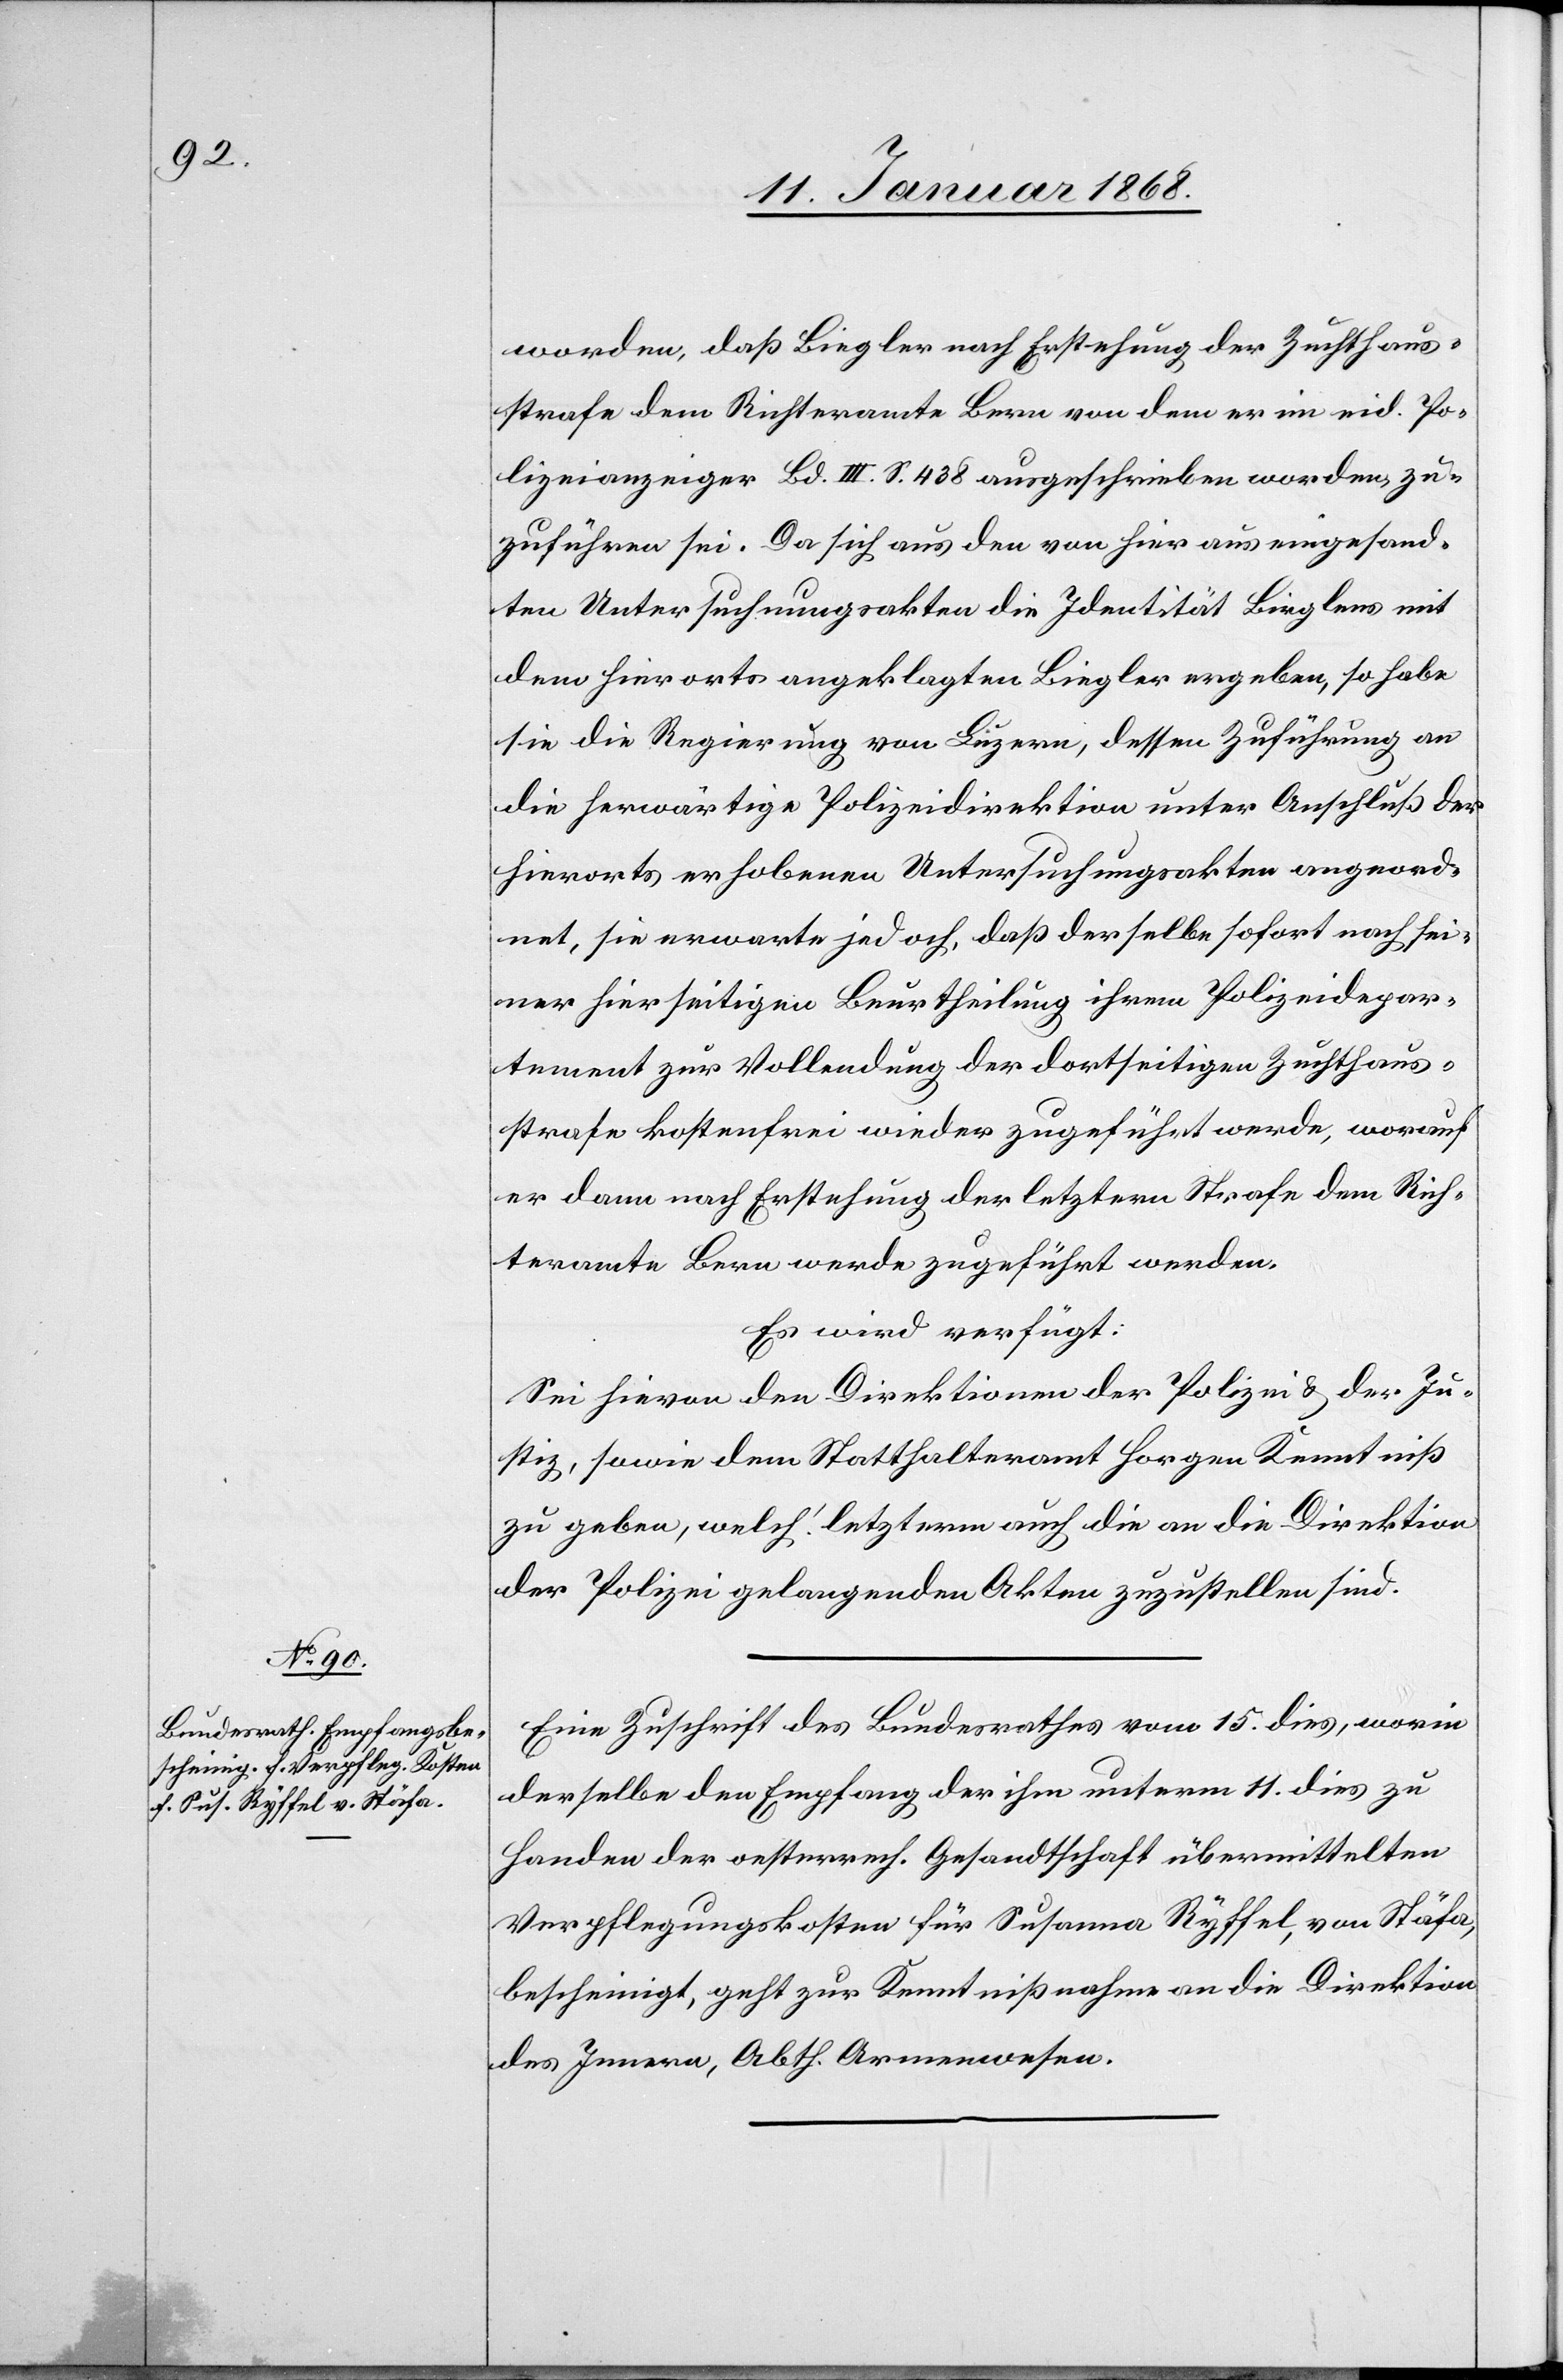
17. Januar 1868.]
worden, daß Biegler nach Erstehung der Zuchthaus¬
strafe dem Richteramte Bern von dem er im eid. Po¬
lizeianzeiger Bd. III. S. 438 ausgeschrieben worden, zu¬
zuführen sei. Da sich aus den von hier aus eingesand¬
ten Untersuchungsakten die Identität Birglens mit
dem hierorts angeklagten Biegler ergeben, so habe
sie die Regierung von Luzern, dessen Zuführung an
die herwärtige Polizeidirektion unter Anschluß der
hierorts erhobenen Untersuchungsakten angeord¬
net, sie erwarte jedoch, daß derselbe sofort nach sei¬
ner hierseitigen Beurtheilung ihrem Polizeidepar¬
tement zur Vollendung der dortseitigen Zuchthaus¬
strafe kostenfrei wieder zugeführt werde, worauf
er dann nach Erstehung der letztern Strafe dem Rich¬
teramte Bern werde zugeführt werden.
Es wird verfügt:
Sei hievon den Direktionen der Polizei & der Ju¬
stiz, sowie dem Statthalteramt Horgen Kenntniß
zu geben, welch‘ letzterm auch die an die Direktion
der Polizei gelangenden Akten zuzustellen sind.
Eine Zuschrift des Bundesrathes vom 15. dies, worin
derselbe den Empfang der ihm unterm 11. dies zu
Handen der oesterre[i]ch. Gesandtschaft übermittelten
Verpflegungskosten für Susanna Ryffel, von Stäfa,
bescheinigt, geht zur Kenntnißnahme an die Direktion
des Innern, Abth. Armenwesen.